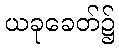
ယခုခေတ်၌